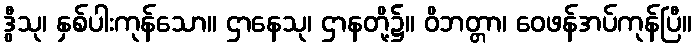
ဒွီသု၊ နှစ်ပါးကုန်သော။ ဌာနေသု၊ ဌာနတို့၌။ ဝိဘတ္တာ၊ ဝေဖန်အပ်ကုန်ပြီ။